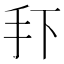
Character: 𭠏